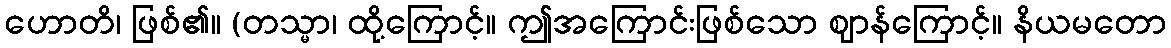
ဟောတိ၊ ဖြစ်၏။ (တသ္မာ၊ ထို့ကြောင့်။ ဤအကြောင်းဖြစ်သော ဈာန်ကြောင့်။ နိယမတော